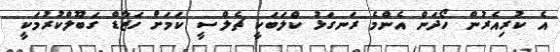
އެ ކުރިއެރުން ހޯދަން އެންމެ ރަނގަޅު ކްލަބަކީ ޗެލްސީ ކަމަށް ހަޒާޑް ގަބޫލްކުރުމަކީ